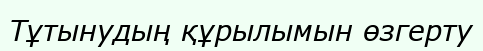
Тұтынудың құрылымын өзгерту